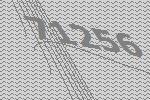
71256